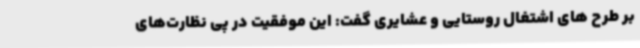
بر طرح های اشتغال روستایی و عشایری گفت: این موفقیت در پی نظارت‌های